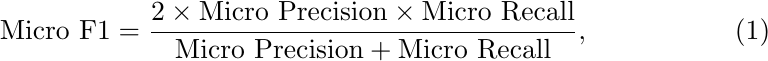
\begin{equation}
\text{Micro F1} = \frac{2 \times \text{Micro Precision} \times \text{Micro Recall}}{\text{Micro Precision} + \text{Micro Recall}},
\end{equation}